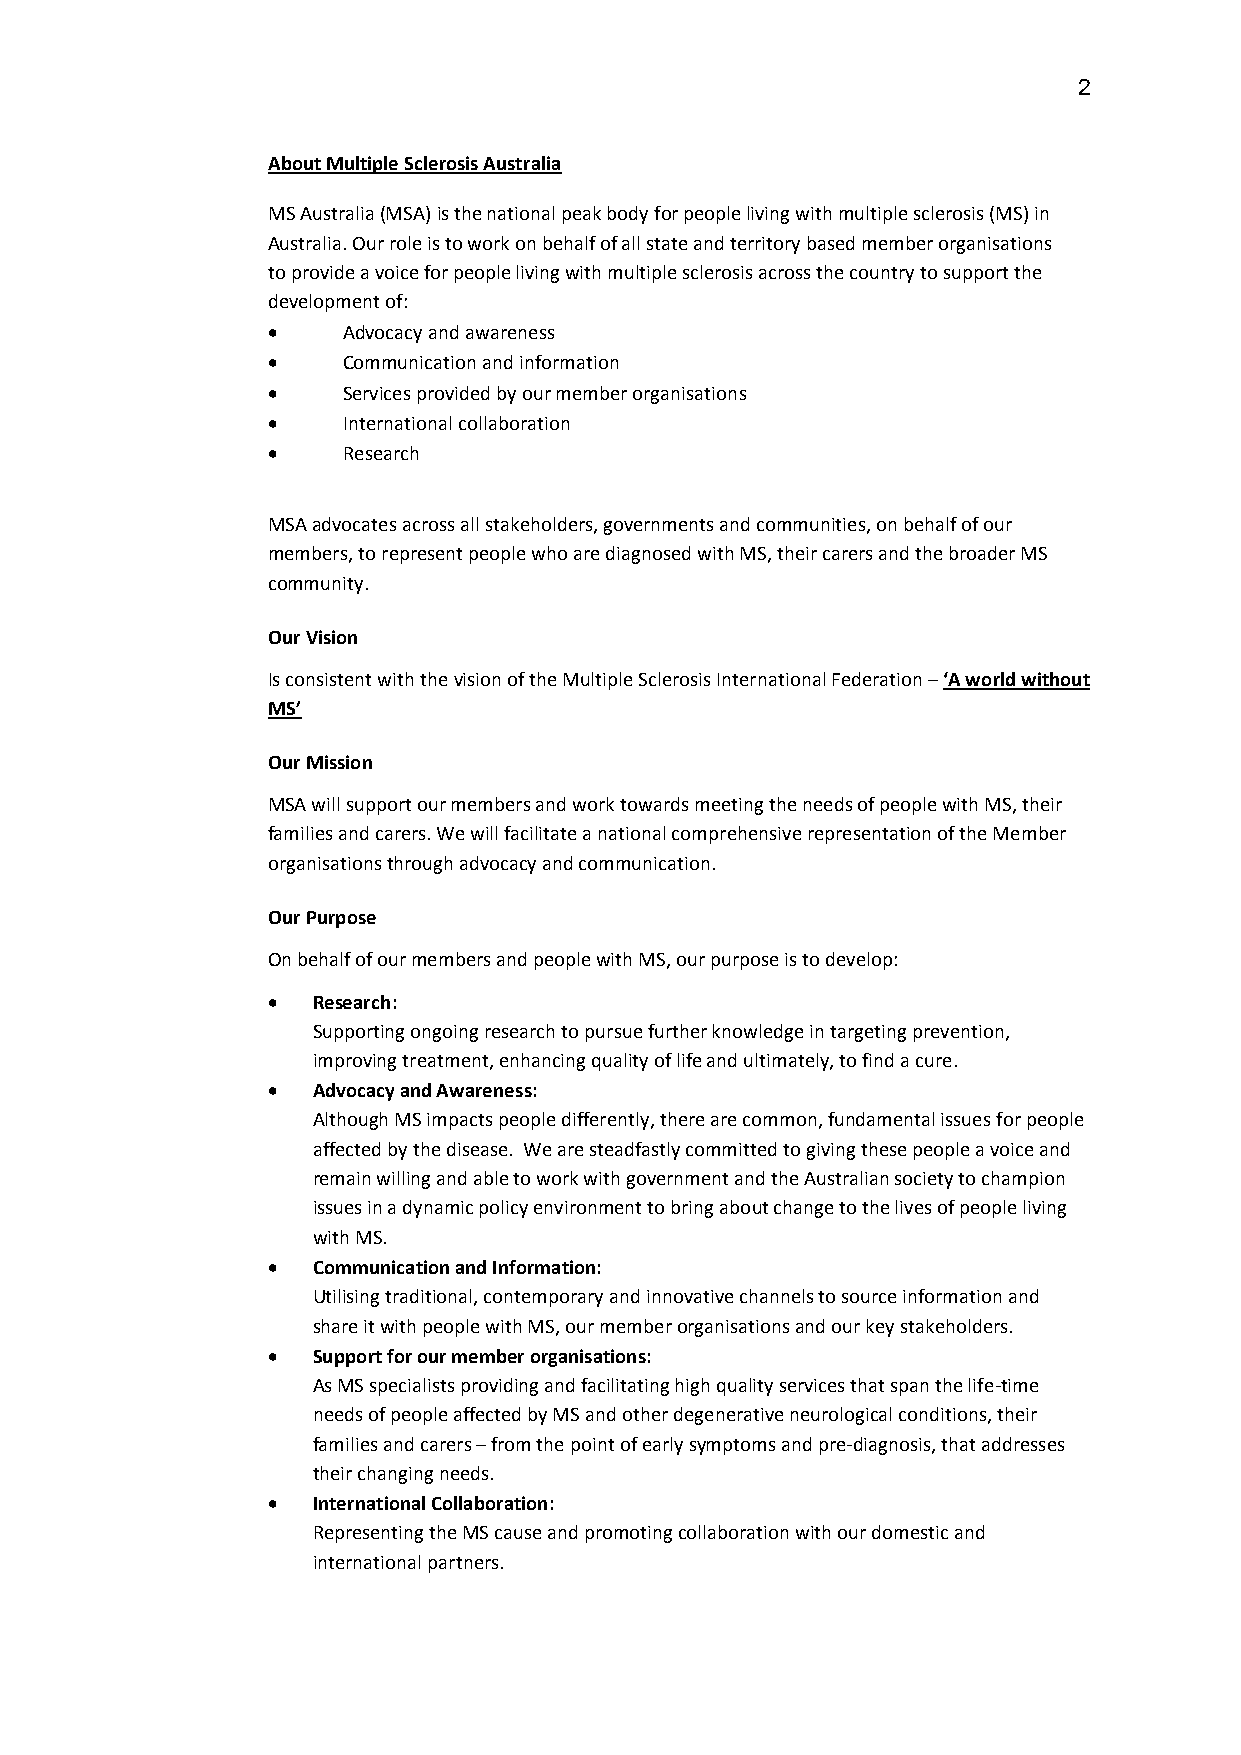
2
 About Multiple Sclerosis Australia
 MS Australia (MSA) is the national peak body for people living with multiple sclerosis (MS) in
 Australia. Our role is to work on behalf of all state and territory based member organisations
 to provide a voice for people living with multiple sclerosis across the country to support the
 development of:
 •    Advocacy and awareness
 •    Communication and information
 •    Services provided by our member organisations
 •    International collaboration
 •    Research
 MSA advocates across all stakeholders, governments and communities, on behalf of our
 members, to represent people who are diagnosed with MS, their carers and the broader MS
 community.
 Our Vision
 Is consistent with the vision of the Multiple Sclerosis International Federation – ‘A world without
 MS’
 Our Mission
 MSA will support our members and work towards meeting the needs of people with MS, their
 families and carers. We will facilitate a national comprehensive representation of the Member
 organisations through advocacy and communication.
 Our Purpose
 On behalf of our members and people with MS, our purpose is to develop:
 •  Research:
 Supporting ongoing research to pursue further knowledge in targeting prevention,
 improving treatment, enhancing quality of life and ultimately, to find a cure.
 •  Advocacy and Awareness:
 Although MS impacts people differently, there are common, fundamental issues for people
 affected by the disease. We are steadfastly committed to giving these people a voice and
 remain willing and able to work with government and the Australian society to champion
 issues in a dynamic policy environment to bring about change to the lives of people living
 with MS.
 •  Communication and Information:
 Utilising traditional, contemporary and innovative channels to source information and
 share it with people with MS, our member organisations and our key stakeholders.
 •  Support for our member organisations:
 As MS specialists providing and facilitating high quality services that span the life-time
 needs of people affected by MS and other degenerative neurological conditions, their
 families and carers – from the point of early symptoms and pre-diagnosis, that addresses
 their changing needs.
 •  International Collaboration:
 Representing the MS cause and promoting collaboration with our domestic and
 international partners.